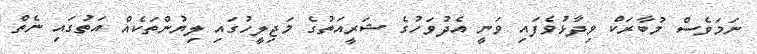
ނަމަވެސް މުބާރަކް ވިދާޅުވެފައި ވަނީ އެދުވަހުގެ ޝަރީއަތުގެ މަޖިލީހުގައި ލިޔުންތަކެއް އަތުގައި ނެތް